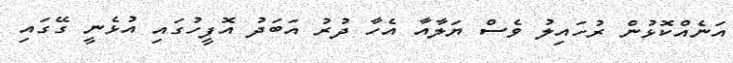
އަނެއްކޮޅުން ރުހައިލު ވެސް ޔަލާއާ އެހާ ދުރު އަބަދު އޮފީހުގައި އުޅެނީ ގޭގައި